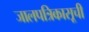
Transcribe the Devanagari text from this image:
जालपत्रिकासूची